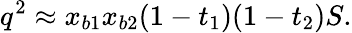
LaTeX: q^{2}\approx x_{b1}x_{b2}(1-t_{1})(1-t_{2})S.